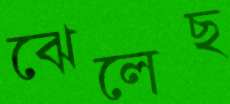
ঝেলেছ